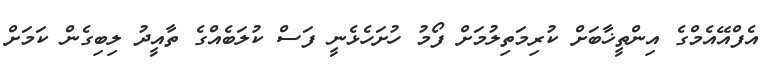
އެފްއޭއެމްގެ އިންތީޚާބަށް ކުރިމަތިލުމަށް ފޯމު ހުށަހެޅެނީ ފަސް ކުލަބެއްގެ ތާއީދު ލިބިގެން ކަމަށް